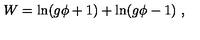
W = \ln ( g \phi + 1 ) + \ln ( g \phi - 1 ) \ ,